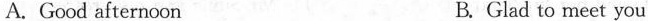
A. Good afternoon B. Glad to meet you